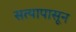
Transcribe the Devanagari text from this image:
सत्यापासून